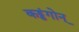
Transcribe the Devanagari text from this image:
कड्डंगोन्